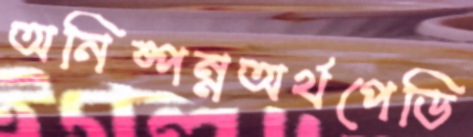
অনিষ্পন্নঅর্থপেডি